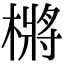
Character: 㯍